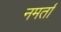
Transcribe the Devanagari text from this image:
नमर्ता